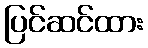
ပြင်ဆင်ထား